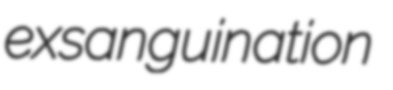
exsanguination